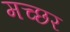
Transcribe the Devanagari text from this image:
मच्‍छर